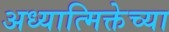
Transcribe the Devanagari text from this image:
अध्यात्मिक्तेच्या